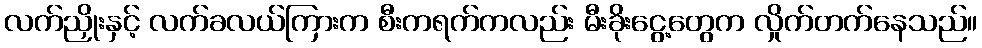
လက်ညှိုးနှင့် လက်ခလယ်ကြားက စီးကရက်ကလည်း မီးခိုးငွေ့တွေက လှိုက်တက်နေသည်။